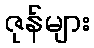
ဇုန်များ